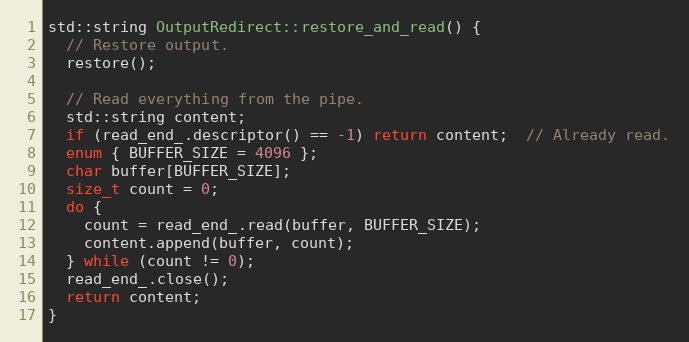
Language: C++
std::string OutputRedirect::restore_and_read() {
  // Restore output.
  restore();

  // Read everything from the pipe.
  std::string content;
  if (read_end_.descriptor() == -1) return content;  // Already read.
  enum { BUFFER_SIZE = 4096 };
  char buffer[BUFFER_SIZE];
  size_t count = 0;
  do {
    count = read_end_.read(buffer, BUFFER_SIZE);
    content.append(buffer, count);
  } while (count != 0);
  read_end_.close();
  return content;
}